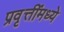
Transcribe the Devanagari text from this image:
प्रवृत्तींमध्ये